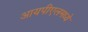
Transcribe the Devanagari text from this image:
आयपीएलमध्ये